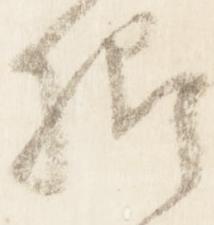
卿